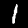
Digit: 1